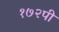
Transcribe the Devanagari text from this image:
१७२पी